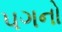
પગનો